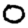
Digit: 0